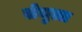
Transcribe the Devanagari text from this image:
सेमुल्ल